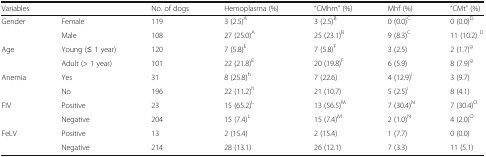
| <COLSPAN=2> Variables | No. of dogs | Hemoplasma (%) | “CMhm” (%) | Mhf (%) | “CMt” (%) |
 | --- | --- | --- | --- | --- | --- | --- |
 | <ROWSPAN=2> Gender | Female | 119 | 3 (2.5)A | 3 (2.5)B | 0 (0.0)C | 0 (0.0)D |
 | Male | 108 | 27 (25.0)A | 25 (23.1)B | 9 (8.3)C | 11 (10.2) D |
 | <ROWSPAN=2> Age | Young (≤ 1 year) | 120 | 7 (5.8)E | 7 (5.8)F | 3 (2.5) | 2 (1.7)g |
 | Adult (> 1 year) | 101 | 22 (21.8)E | 20 (19.8)F | 6 (5.9) | 8 (7.9)g |
 | <ROWSPAN=2> Anemia | Yes | 31 | 8 (25.8)h | 7 (22.6) | 4 (12.9)i | 3 (9.7) |
 | No | 196 | 22 (11.2)h | 21 (10.7) | 5 (2.5)i | 8 (4.1) |
 | <ROWSPAN=2> FIV | Positive | 23 | 15 (65.2)L | 13 (56.5)M | 7 (30.4)N | 7 (30.4)O |
 | Negative | 204 | 15 (7.4)L | 15 (7.4)M | 2 (1.0)N | 4 (2.0)O |
 | <ROWSPAN=2> FeLV | Positive | 13 | 2 (15.4) | 2 (15.4) | 1 (7.7) | 0 (0.0) |
 | Negative | 214 | 28 (13.1) | 26 (12.1) | 7 (3.3) | 11 (5.1) |